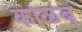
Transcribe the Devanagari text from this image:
कोळंब